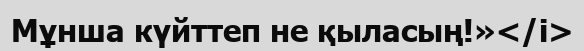
Мұнша күйттеп не қыласың!»</i>